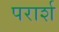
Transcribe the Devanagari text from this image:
परार्श